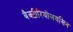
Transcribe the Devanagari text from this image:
बैक्टीरियोलयसिन